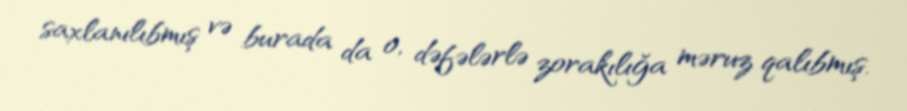
saxlanılıbmış və burada da o, dəfələrlə zorakılığa məruz qalıbmış.